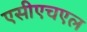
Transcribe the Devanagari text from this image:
एसीएचएल